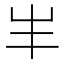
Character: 𡴀